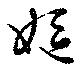
嫗